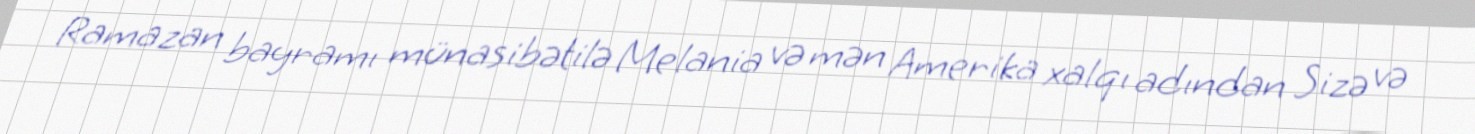
Ramazan bayramı münasibətilə Melania və mən Amerika xalqı adından Sizə və